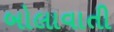
બોલાવાતી